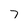
Character: 7